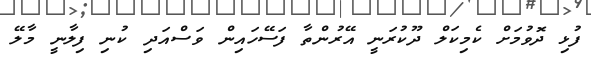
ފުޅި ދޮވުމަށް ކެމިކަލް ދޫކުރަނީ އޭރުންތާ ފަސޭހައިން ވަސްއަދި ކުނި ފިލާނީ މާލޭ